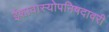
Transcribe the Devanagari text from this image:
ईशावास्योपनिषदावरी